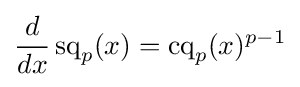
{\frac {d}{dx}}\operatorname {sq} _{p}(x)=\operatorname {cq} _{p}(x)^{p-1}